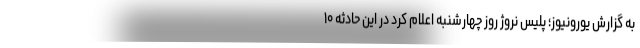
به گزارش یورونیوز؛ پلیس نروژ روز چهارشنبه اعلام کرد در این حادثه ۱۰